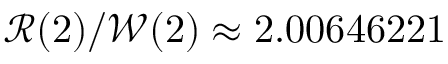
\mathcal { R } ( 2 ) / \mathcal { W } ( 2 ) \approx 2 . 0 0 6 4 6 2 2 1